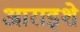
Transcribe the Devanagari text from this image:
आराइशे